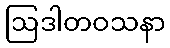
ဩဒါတဝသနာ